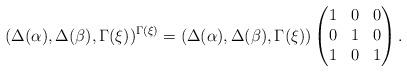
LaTeX: \begin{align*}(\Delta(\alpha), \Delta(\beta), \Gamma(\xi))^{\Gamma(\xi)} =(\Delta(\alpha), \Delta(\beta), \Gamma(\xi))\begin{pmatrix} 1 & 0 & 0 \\ 0 & 1 & 0 \\ 1 & 0 & 1 \end{pmatrix}.\end{align*}